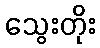
သွေးတိုး